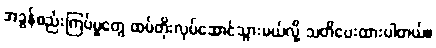
အခွန်စည်းကြပ်မှုတွေ ထပ်တိုးလုပ်ဆောင်သွားမယ်လို့ သတိပေးထားပါတယ်။